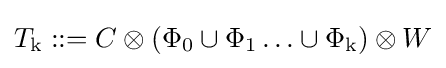
T_{\mathrm {k} }::=C\otimes \left(\Phi _{0}\cup \Phi _{1}\ldots \cup \Phi _{\mathrm {k} }\right)\otimes W